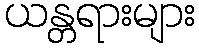
ယန္တရားများ